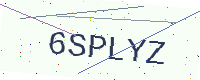
Text: 6SPLYZ